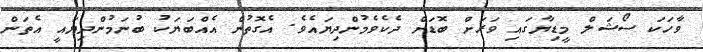
ވާހަކަ ސޯޝަލް މީޑިޔާގައި ވަރަށް ބޮޑަށް ދެކެވެމުންދިޔައެވެ. އެގޮތުން އެއްބަޔަކު ބުނަމުންދިޔައީ އެތަން